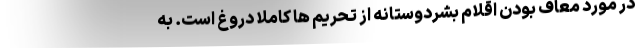
در مورد معاف بودن اقلام بشردوستانه از تحریم ها کاملا دروغ است. به